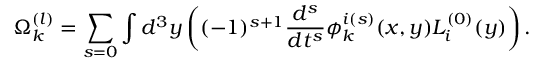
\Omega _ { k } ^ { ( l ) } = \sum _ { s = 0 } \int d ^ { 3 } y \left( ( - 1 ) ^ { s + 1 } \frac { d ^ { s } } { d t ^ { s } } \phi _ { k } ^ { i ( s ) } ( x , y ) L _ { i } ^ { ( 0 ) } ( y ) \right) .